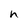
Character: h